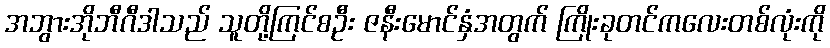
အဘွားအိုဘီဂီဒါသည် သူတို့ကြင်စဦး ဇနီးမောင်နှံအတွက် ကြိုးခုတင်ကလေးတစ်လုံးကို